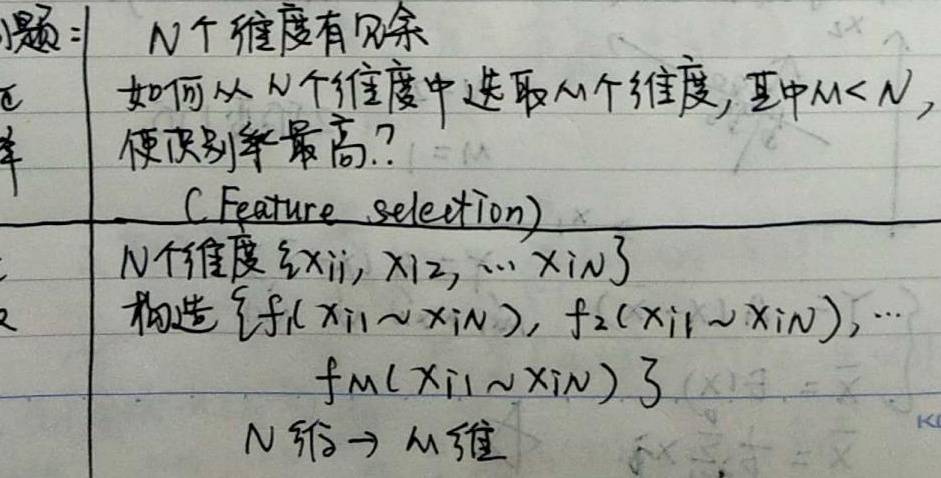
问题：$N$ 个维度有冗余，如何从 $N$ 个维度中选取 $M$ 个维度，其中 $M < N$，使识别率最高？(Feature selection)

$N$ 个维度 $\{x_{i1},x_{i2},\cdots,x_{iN}\}$ 构造 $\{f_1(x_{i1}\sim x_{iN}),f_2(x_{i1}\sim x_{iN}),\cdots,f_M(x_{i1}\sim x_{iN})\}$

$N$ 维 $\to M$ 维